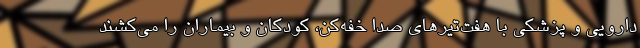
دارویی و پزشکی با هفت‌تیرهای صدا خفه‌کن، کودکان و بیماران را می‌کشند